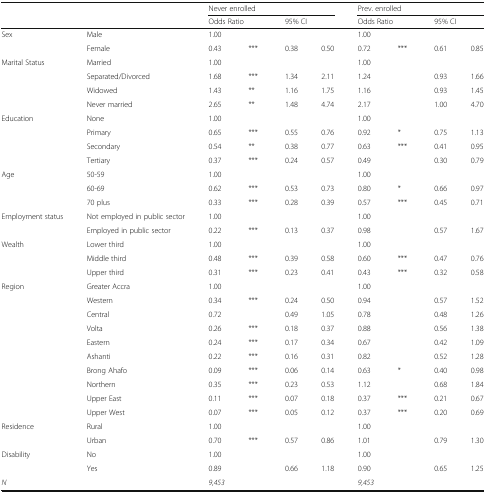
<table><thead><tr><td rowspan="2" colspan="2"></td><td colspan="4"><b>Never enrolled</b></td><td colspan="4"><b>Prev. enrolled</b></td></tr><tr><td colspan="2"><b>Odds Ratio</b></td><td colspan="2"><b>95% CI</b></td><td colspan="2"><b>Odds Ratio</b></td><td colspan="2"><b>95% CI</b></td></tr></thead><tbody><tr><td rowspan="2">Sex</td><td>Male</td><td>1.00</td><td></td><td></td><td></td><td>1.00</td><td></td><td></td><td></td></tr><tr><td>Female</td><td>0.43</td><td>***</td><td>0.38</td><td>0.50</td><td>0.72</td><td>***</td><td>0.61</td><td>0.85</td></tr><tr><td rowspan="4">Marital Status</td><td>Married</td><td>1.00</td><td></td><td></td><td></td><td>1.00</td><td></td><td></td><td></td></tr><tr><td>Separated/Divorced</td><td>1.68</td><td>***</td><td>1.34</td><td>2.11</td><td>1.24</td><td></td><td>0.93</td><td>1.66</td></tr><tr><td>Widowed</td><td>1.43</td><td>**</td><td>1.16</td><td>1.75</td><td>1.16</td><td></td><td>0.93</td><td>1.45</td></tr><tr><td>Never married</td><td>2.65</td><td>**</td><td>1.48</td><td>4.74</td><td>2.17</td><td></td><td>1.00</td><td>4.70</td></tr><tr><td rowspan="4">Education</td><td>None</td><td>1.00</td><td></td><td></td><td></td><td>1.00</td><td></td><td></td><td></td></tr><tr><td>Primary</td><td>0.65</td><td>***</td><td>0.55</td><td>0.76</td><td>0.92</td><td>*</td><td>0.75</td><td>1.13</td></tr><tr><td>Secondary</td><td>0.54</td><td>**</td><td>0.38</td><td>0.77</td><td>0.63</td><td>***</td><td>0.41</td><td>0.95</td></tr><tr><td>Tertiary</td><td>0.37</td><td>***</td><td>0.24</td><td>0.57</td><td>0.49</td><td></td><td>0.30</td><td>0.79</td></tr><tr><td rowspan="3">Age</td><td>50-59</td><td>1.00</td><td></td><td></td><td></td><td>1.00</td><td></td><td></td><td></td></tr><tr><td>60-69</td><td>0.62</td><td>***</td><td>0.53</td><td>0.73</td><td>0.80</td><td>*</td><td>0.66</td><td>0.97</td></tr><tr><td>70 plus</td><td>0.33</td><td>***</td><td>0.28</td><td>0.39</td><td>0.57</td><td>***</td><td>0.45</td><td>0.71</td></tr><tr><td rowspan="2">Employment status</td><td>Not employed in public sector</td><td>1.00</td><td></td><td></td><td></td><td>1.00</td><td></td><td></td><td></td></tr><tr><td>Employed in public sector</td><td>0.22</td><td>***</td><td>0.13</td><td>0.37</td><td>0.98</td><td></td><td>0.57</td><td>1.67</td></tr><tr><td rowspan="3">Wealth</td><td>Lower third</td><td>1.00</td><td></td><td></td><td></td><td>1.00</td><td></td><td></td><td></td></tr><tr><td>Middle third</td><td>0.48</td><td>***</td><td>0.39</td><td>0.58</td><td>0.60</td><td>***</td><td>0.47</td><td>0.76</td></tr><tr><td>Upper third</td><td>0.31</td><td>***</td><td>0.23</td><td>0.41</td><td>0.43</td><td>***</td><td>0.32</td><td>0.58</td></tr><tr><td rowspan="10">Region</td><td>Greater Accra</td><td>1.00</td><td></td><td></td><td></td><td>1.00</td><td></td><td></td><td></td></tr><tr><td>Western</td><td>0.34</td><td>***</td><td>0.24</td><td>0.50</td><td>0.94</td><td></td><td>0.57</td><td>1.52</td></tr><tr><td>Central</td><td>0.72</td><td></td><td>0.49</td><td>1.05</td><td>0.78</td><td></td><td>0.48</td><td>1.26</td></tr><tr><td>Volta</td><td>0.26</td><td>***</td><td>0.18</td><td>0.37</td><td>0.88</td><td></td><td>0.56</td><td>1.38</td></tr><tr><td>Eastern</td><td>0.24</td><td>***</td><td>0.17</td><td>0.34</td><td>0.67</td><td></td><td>0.42</td><td>1.09</td></tr><tr><td>Ashanti</td><td>0.22</td><td>***</td><td>0.16</td><td>0.31</td><td>0.82</td><td></td><td>0.52</td><td>1.28</td></tr><tr><td>Brong Ahafo</td><td>0.09</td><td>***</td><td>0.06</td><td>0.14</td><td>0.63</td><td>*</td><td>0.40</td><td>0.98</td></tr><tr><td>Northern</td><td>0.35</td><td>***</td><td>0.23</td><td>0.53</td><td>1.12</td><td></td><td>0.68</td><td>1.84</td></tr><tr><td>Upper East</td><td>0.11</td><td>***</td><td>0.07</td><td>0.18</td><td>0.37</td><td>***</td><td>0.21</td><td>0.67</td></tr><tr><td>Upper West</td><td>0.07</td><td>***</td><td>0.05</td><td>0.12</td><td>0.37</td><td>***</td><td>0.20</td><td>0.69</td></tr><tr><td rowspan="2">Residence</td><td>Rural</td><td>1.00</td><td></td><td></td><td></td><td>1.00</td><td></td><td></td><td></td></tr><tr><td>Urban</td><td>0.70</td><td>***</td><td>0.57</td><td>0.86</td><td>1.01</td><td></td><td>0.79</td><td>1.30</td></tr><tr><td rowspan="2">Disability</td><td>No</td><td>1.00</td><td></td><td></td><td></td><td>1.00</td><td></td><td></td><td></td></tr><tr><td>Yes</td><td>0.89</td><td></td><td>0.66</td><td>1.18</td><td>0.90</td><td></td><td>0.65</td><td>1.25</td></tr><tr><td><i>N</i></td><td></td><td colspan="4"><i>9,453</i></td><td colspan="4"><i>9,453</i></td></tr></tbody></table>